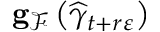
\mathbf { g } _ { \mathcal { F } } \left( \widehat { \gamma } _ { t + r \varepsilon } \right)